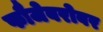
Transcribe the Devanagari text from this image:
फौजेबरोबर